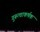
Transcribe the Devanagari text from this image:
गुरूत्वाकर्षक